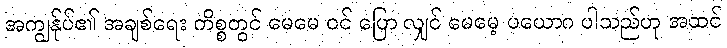
အကျွန်ုပ်၏ အချစ်ရေး ကိစ္စတွင် မေမေ ဝင် ပြော လျှင် မေမေ့ ပယောဂ ပါသည်ဟု အထင်